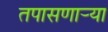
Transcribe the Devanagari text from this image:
तपासणार्‍या